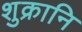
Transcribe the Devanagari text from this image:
शुक्रानि